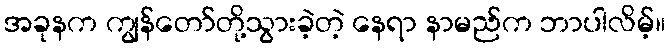
အခုနက ကျွန်တော်တို့သွားခဲ့တဲ့ နေရာ နာမည်က ဘာပါလိမ့်။